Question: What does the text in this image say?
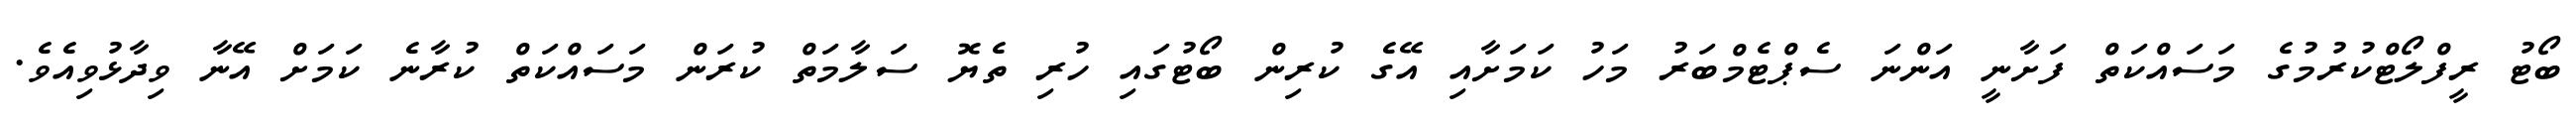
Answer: ބޯޓު ރީފްލޯޓްކުރުމުގެ މަސައްކަތް ފަށާނީ އަންނަ ސެޕްޓެމްބަރު މަހު ކަމަށާއި އޭގެ ކުރިން ބޯޓުގައި ހުރި ތެޔޮ ސަލާމަތް ކުރަން މަސައްކަތް ކުރާނެ ކަމަށް އޭނާ ވިދާޅުވިއެވެ.